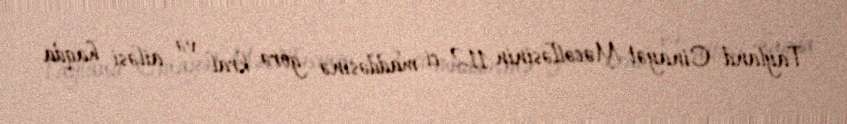
Tayland Cinayət Məcəlləsinin 112-ci maddəsinə görə kral və ailəsi haqda